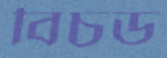
বিচড